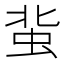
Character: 𧉥